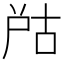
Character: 𡱨